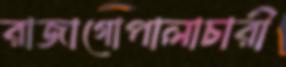
রাজাগোপালাচারী